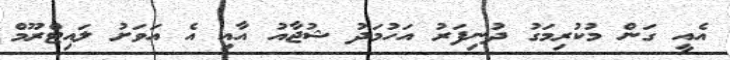
އެއީ ގަން މުކުރިމަގު ދުނިފަރު އަހުމަދު ޝުޖާއު އާއި އެ އަވަށު ލައިޓްރޫމް